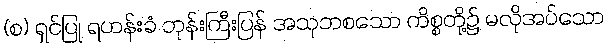
(စ) ရှင်ပြု ရဟန်းခံ ဘုန်းကြီးပြန် အသုဘစသော ကိစ္စတို့၌ မလိုအပ်သော